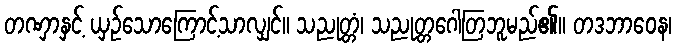
တဏှာနှင့် ယှဉ်သောကြောင့်သာလျှင်။ သညုတ္တံ၊ သညုတ္တဂေါတြဘူမည်၏။ တဒဘာဝေန၊